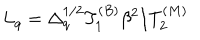
L _ { q } = \Delta _ { q } ^ { 1 / 2 } T _ { 1 } ^ { ( B ) } \beta ^ { 2 } / T _ { 2 } ^ { ( M ) }